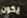
يكون